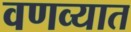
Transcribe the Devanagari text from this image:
वणव्यात